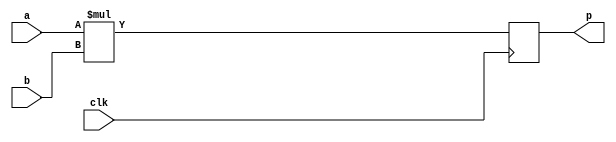
module mult_2 (
    input clk,
    input      signed [16:0] a,
    input      signed [16:0] b,
    output reg signed [33:0] p
  );
  always @(posedge clk) p <= a * b;
endmodule